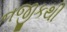
નજીકથી